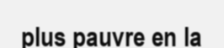
plus pauvre en la